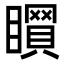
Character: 𥋻